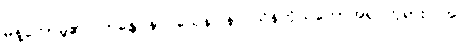
မိန့်တော်မူ၏။ ဘန္တေ နာဂသေန၊ နာဂသိန်ကိုယ်တော်အရှင်ဘုရား။ အပိ၊